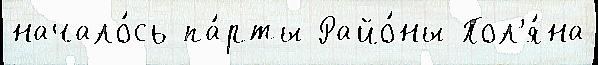
начало́сь па́рты Райо́ны Пол'я́на